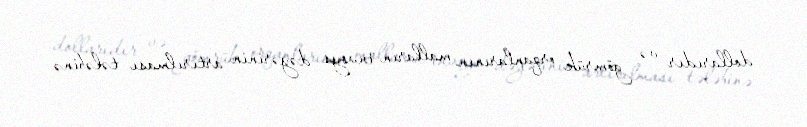
dollarıdır və gömrük orqanlarının malların invoys dəyərinin artırılması tələbinə